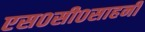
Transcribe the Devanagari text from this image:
एस०सी०साहनी